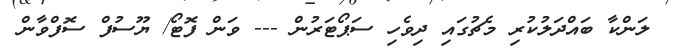
ލަންކާ ބައްދަލުކުރި މެޗުގައި ދިވެހި ސަޕޯޓަރުން --- ވަން ފޮޓޯ/ ޔޫސުފް ސޮފްވާން